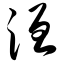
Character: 洹